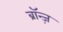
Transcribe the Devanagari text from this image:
ब्रॉन्ज़